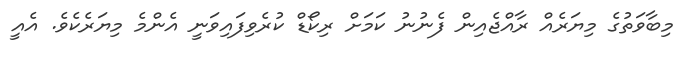
މިބާވަތުގެ މިޔަރެއް ރާއްޖެއިން ފެނުނު ކަމަށް ރިކޯޑް ކުރެވިފައިވަނީ އެންމެ މިޔަރެކެވެ. އެއީ